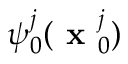
\psi _ { 0 } ^ { j } ( \textbf { x } _ { 0 } ^ { j } )